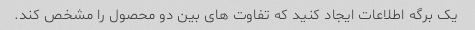
یک برگه اطلاعات ایجاد کنید که تفاوت های بین دو محصول را مشخص کند.